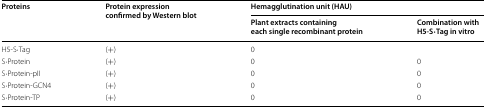
<table><thead><tr><td rowspan="2"><b>Proteins</b></td><td rowspan="2"><b>Protein expression confirmed by Western blot</b></td><td colspan="2"><b>Hemagglutination unit (HAU)</b></td></tr><tr><td><b>Plant extracts containing each single recombinant protein</b></td><td><b>Combination with H5-S·Tag in vitro</b></td></tr></thead><tbody><tr><td>H5-S·Tag</td><td>(+)</td><td>0</td><td></td></tr><tr><td>S·Protein</td><td>(+)</td><td>0</td><td>0</td></tr><tr><td>S·Protein-pII</td><td>(+)</td><td>0</td><td>0</td></tr><tr><td>S·Protein-GCN4</td><td>(+)</td><td>0</td><td>0</td></tr><tr><td>S·Protein-TP</td><td>(+)</td><td>0</td><td>0</td></tr></tbody></table>